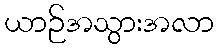
ယာဉ်အသွားအလာ